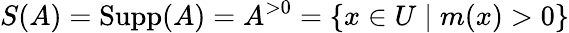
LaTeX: S(A)=\operatorname{Supp}(A)=A^{>0}=\{ x\in U\mid m(x)>0\}